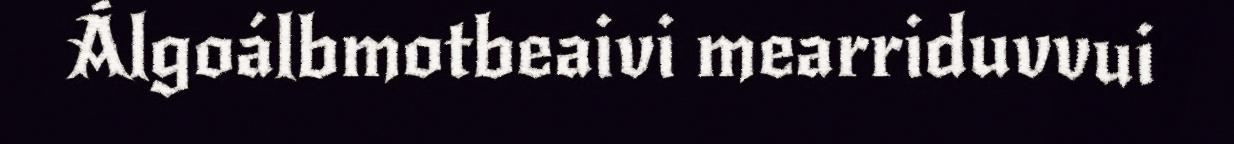
Álgoálbmotbeaivi mearriduvvui